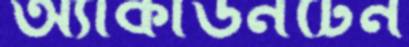
অ্যাকাউনটেন